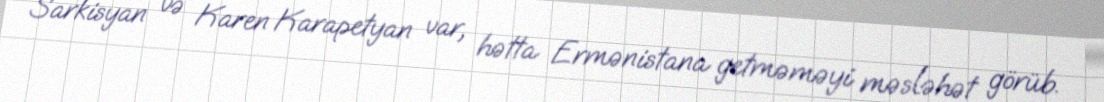
Sarkisyan və Karen Karapetyan var, hətta Ermənistana getməməyi məsləhət görüb.